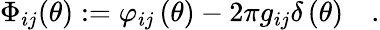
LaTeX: \Phi_{ij}(\theta):=\varphi_{ij}\left(\theta\right)-2\pi g_{ij}\delta\left(\theta\right)\quad.